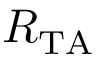
R _ { \mathrm { T A } }